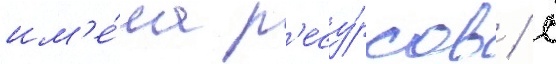
им'е́ла р'есу́рсов / с